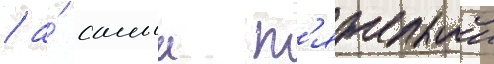
/ а́ самыи т'яжелыи